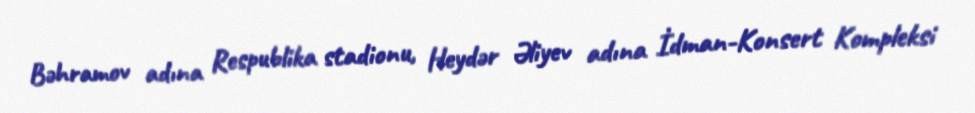
Bəhramov adına Respublika stadionu, Heydər Əliyev adına İdman-Konsert Kompleksi